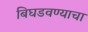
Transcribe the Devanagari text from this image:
बिघडवण्याचा